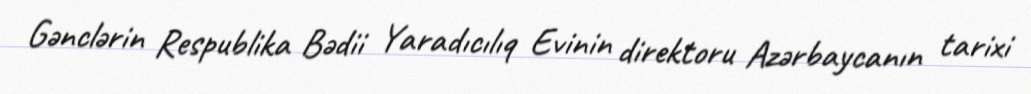
Gənclərin Respublika Bədii Yaradıcılıq Evinin direktoru Azərbaycanın tarixi